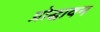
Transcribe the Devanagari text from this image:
प्रोद्धावन